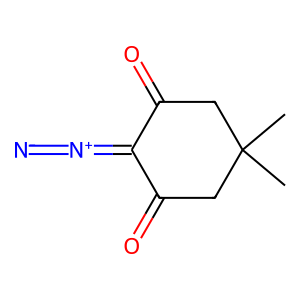
SMILES: CC1(C)CC(=O)C(=[N+]=[N-])C(=O)C1
Inhibits HIV replication: No